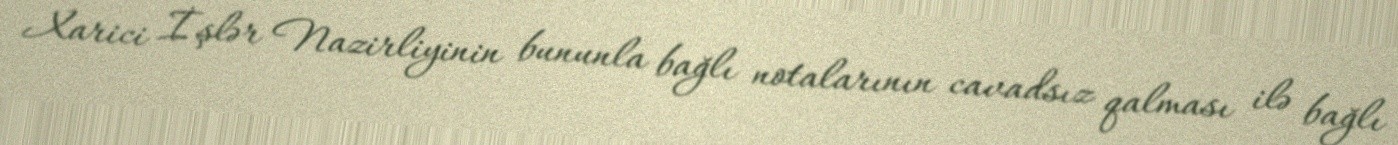
Xarici İşlər Nazirliyinin bununla bağlı notalarının cavadsız qalması ilə bağlı